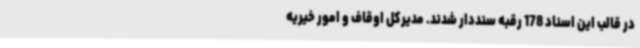
در قالب این اسناد 178 رقبه سنددار شدند. مدیرکل اوقاف و امور خیریه